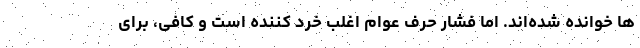
ها خوانده شده‌اند. اما فشار حرف عوام اغلب خرد کننده است و کافی، برای